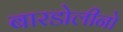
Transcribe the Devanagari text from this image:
बारडोलीनो